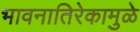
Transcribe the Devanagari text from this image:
भावनातिरेकामुळे